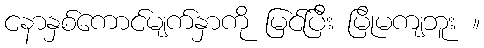
ငနာနှစ်ကောင်မျက်နှာကို မြင်ပြီး မြိုမကျဘူး ။